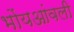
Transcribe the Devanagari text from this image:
भोंयआंवली